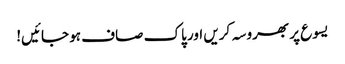
یسوع پر بھروسہ کریں اور پاک صاف ہو جائیں!